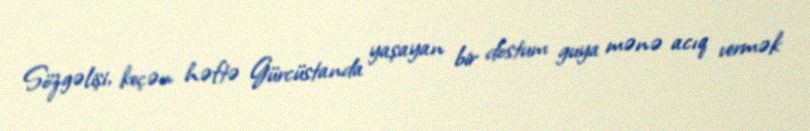
Sözgəlişi, keçən həftə Gürcüstanda yaşayan bir dostum guya mənə acıq vermək